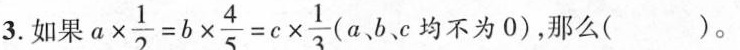
3.如果 $$a \times \frac{1}{2}=b \times \frac{4}{5}=c \times \frac{1}{3}$$(a,b,c均不为0),那么( ).